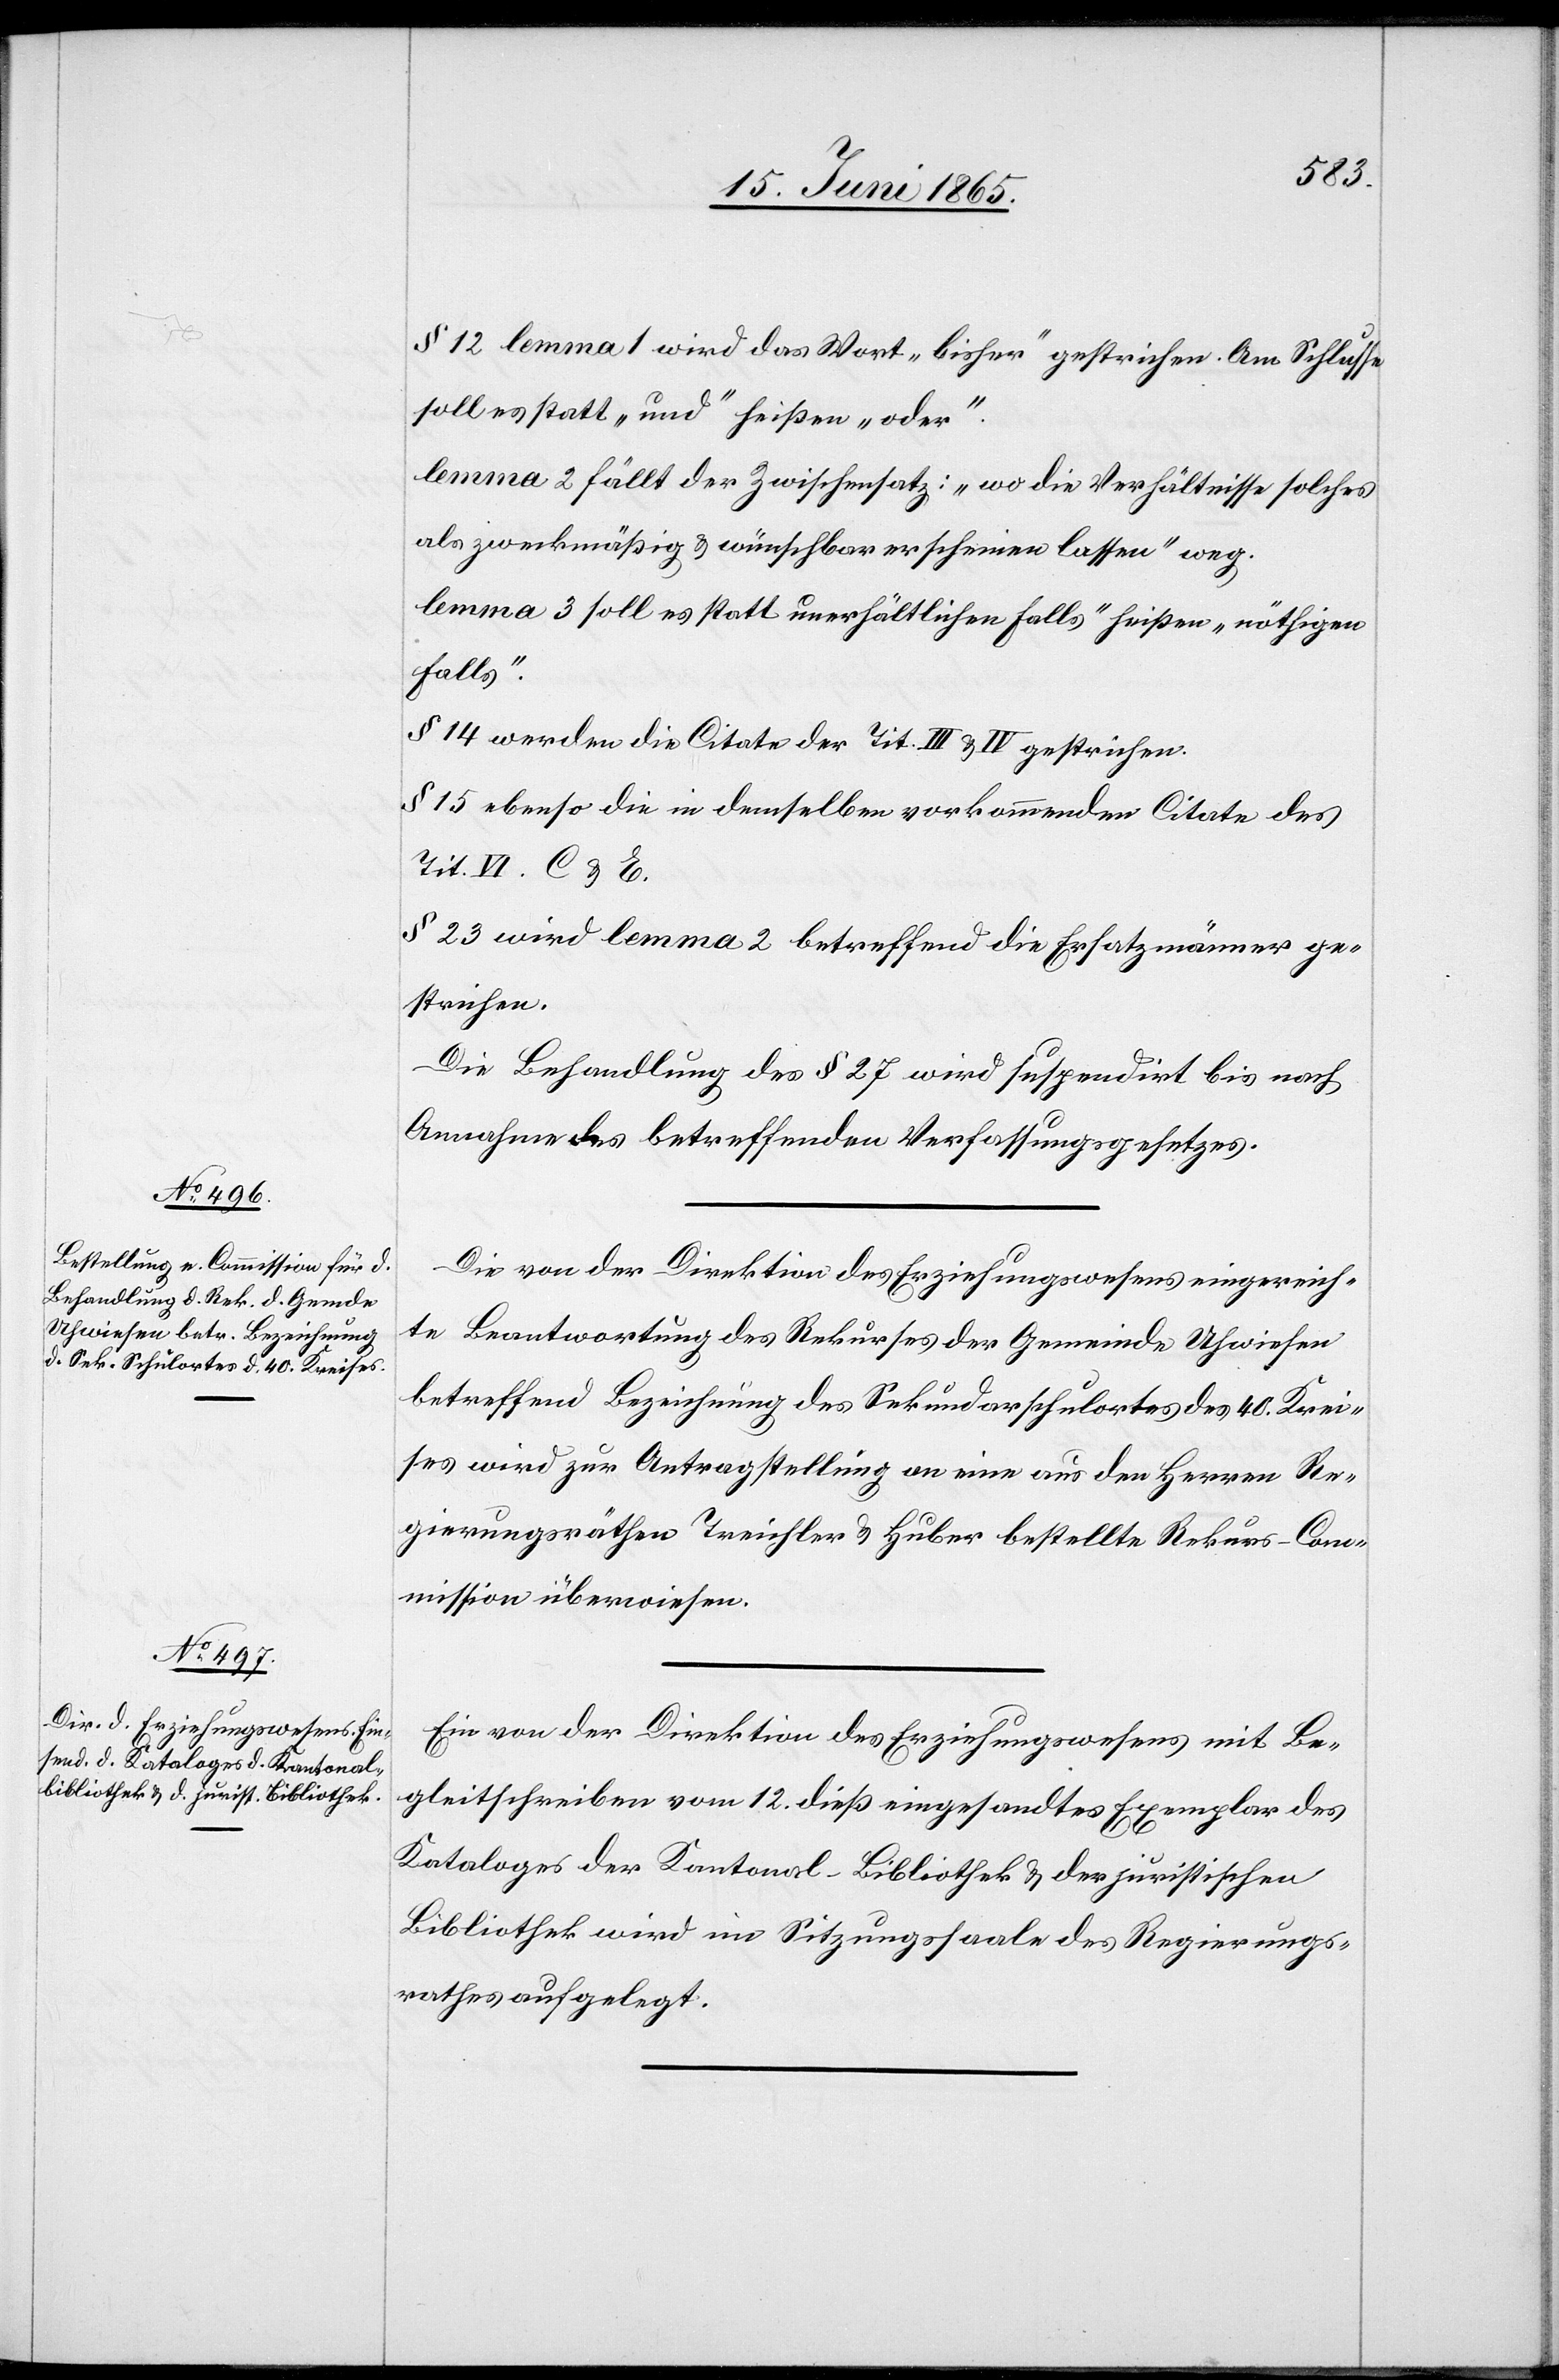
§ 12 lemma 1 wird das Wort „bisher“ gestrichen. Am Schlusse
soll es statt „und“ heißen „oder“.
lemma 2 fällt der Zwischensatz: „wo die Verhältnisse solches
als zweckmäßig & wünschbar erscheinen lassen“ weg.
lemma 3 soll es statt [„]unerhältlichen Falls“ heißen „nöthigen
Falls“.
§ 14 werden die Citate der Tit. III & IV gestrichen.
§ 15 ebenso die in demselben vorkommenden Citate des
Tit. VI. C & E.
§ 23 wird lemma 2 betreffend die Ersatzmänner ge¬
strichen.
Die Behandlung des § 27 wird suspendirt bis nach
Annahme des betreffenden Verfassungsgesetzes.
Die von der Direktion des Erziehungswesens eingereich¬
te Beantwortung des Rekurses der Gemeinde Uhwiesen
betreffend Bezeichnung des Sekundarschulortes des 40. Krei¬
ses wird zur Antragstellung an eine aus den Herren Re¬
gierungsräthen Treichler & Huber bestellte Rekurs-Com¬
mission überwiesen.
Ein von der Direktion des Erziehungswesens mit Be¬
gleitschreiben vom 12. dieß eingesandtes Exemplar des
Kataloges der Kantonal-Bibliothek & der juristischen
Bibliothek wird im Sitzungssaale des Regierungs¬
rathes aufgelegt.